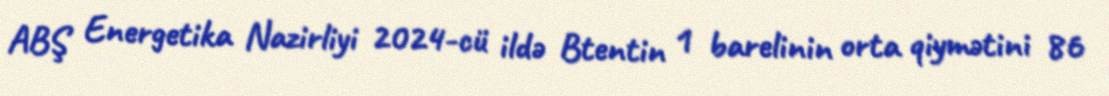
ABŞ Energetika Nazirliyi 2024-cü ildə Btentin 1 barelinin orta qiymətini 86